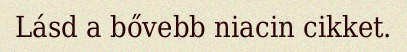
Lásd a bővebb niacin cikket.